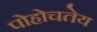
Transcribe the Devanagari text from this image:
पोहोचतेय